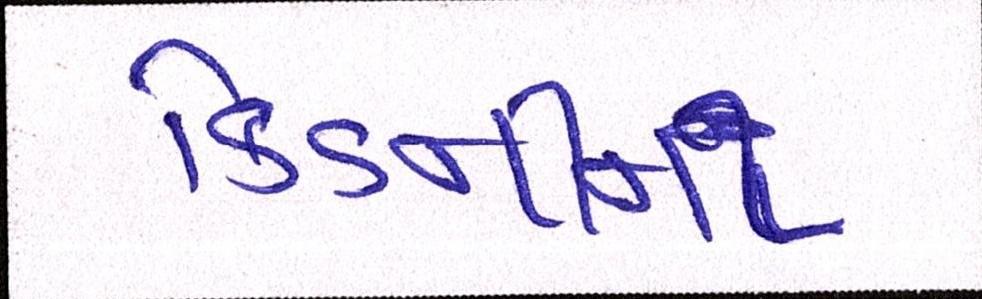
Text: કિડનીના